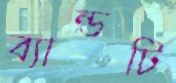
ব্যান্ডটি